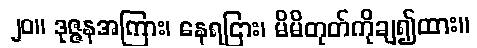
၂၀။ ဒုဇ္ဇနအကြား၊ နေရငြား၊ မိမိတုတ်ကိုချ၍ထား။